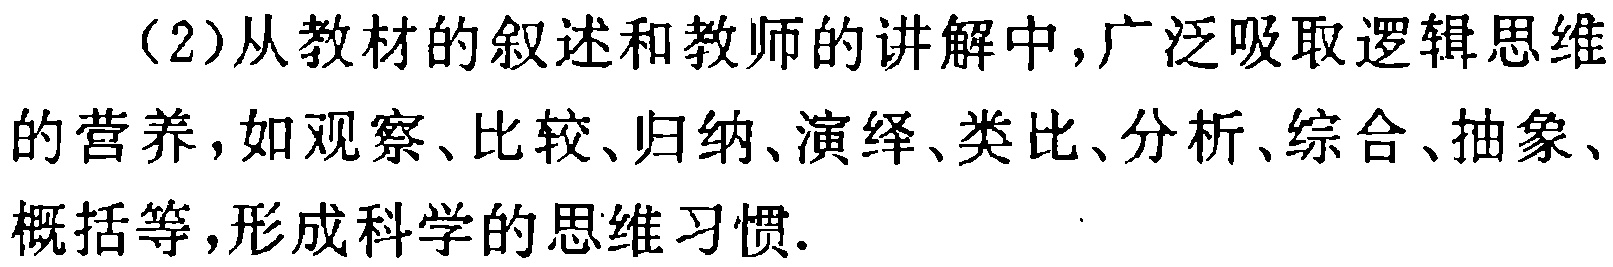
（2）从教材的叙述和教师的讲解中,广泛吸取逻辑思维的营养,如观察、比较、归纳、演绎、类比、分析、综合、抽象、概括等,形成科学的思维习惯.